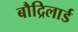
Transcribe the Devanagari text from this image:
बौद्रिलार्ड